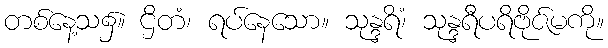
တစ်နေ့သ၌။ ဌိတံ၊ ရပ်နေသော။ သုန္ဒရိံ၊ သုန္ဒရီပရိဗိုဇ်မကို။